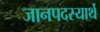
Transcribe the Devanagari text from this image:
जानपदस्यार्थे